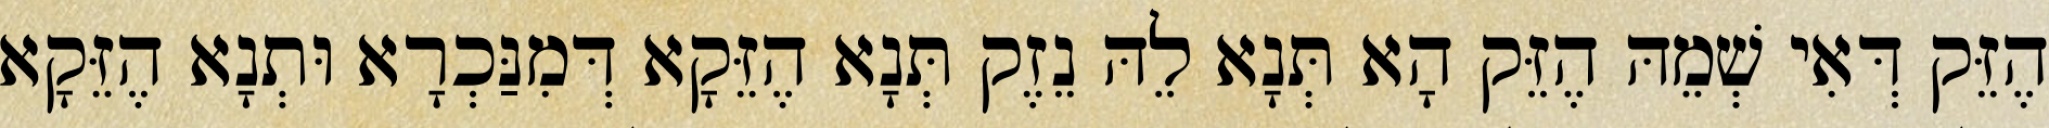
הֶזֵּק דְּאִי שְׁמֵהּ הֶזֵּק הָא תְּנָא לֵהּ נֵזֶק תְּנָא הֶזֵּקָא דְּמִנַּכְרָא וּתְנָא הֶזֵּקָא